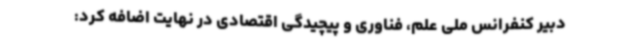
دبیر کنفرانس ملی علم، فناوری و پیچیدگی اقتصادی در نهایت اضافه کرد: